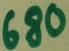
Text: 680